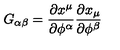
G _ { \alpha \beta } = { \frac { \partial x ^ { \mu } } { \partial \phi ^ { \alpha } } } { \frac { \partial x _ { \mu } } { \partial \phi ^ { \beta } } }